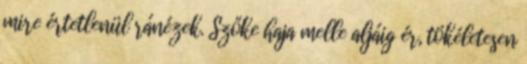
mire értetlenül ránézek. Szőke haja melle aljáig ér, tökéletesen